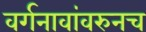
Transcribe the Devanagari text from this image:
वर्गनावांवरुनच